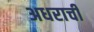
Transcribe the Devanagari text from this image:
अधराची